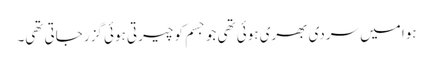
ہوا میں سردی بھری ہوئی تھی جو جسم کو چیرتی ہوئی گزر جاتی تھی۔